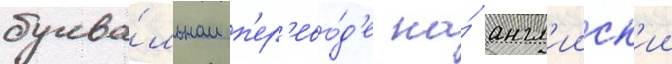
буква́льном п'ер'ево́д'е на́ англ'ииск'ии